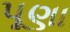
પૂણા